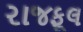
રાજફૂલ